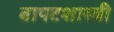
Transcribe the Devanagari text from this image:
बापटशास्त्री